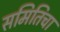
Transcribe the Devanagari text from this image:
समितिचा